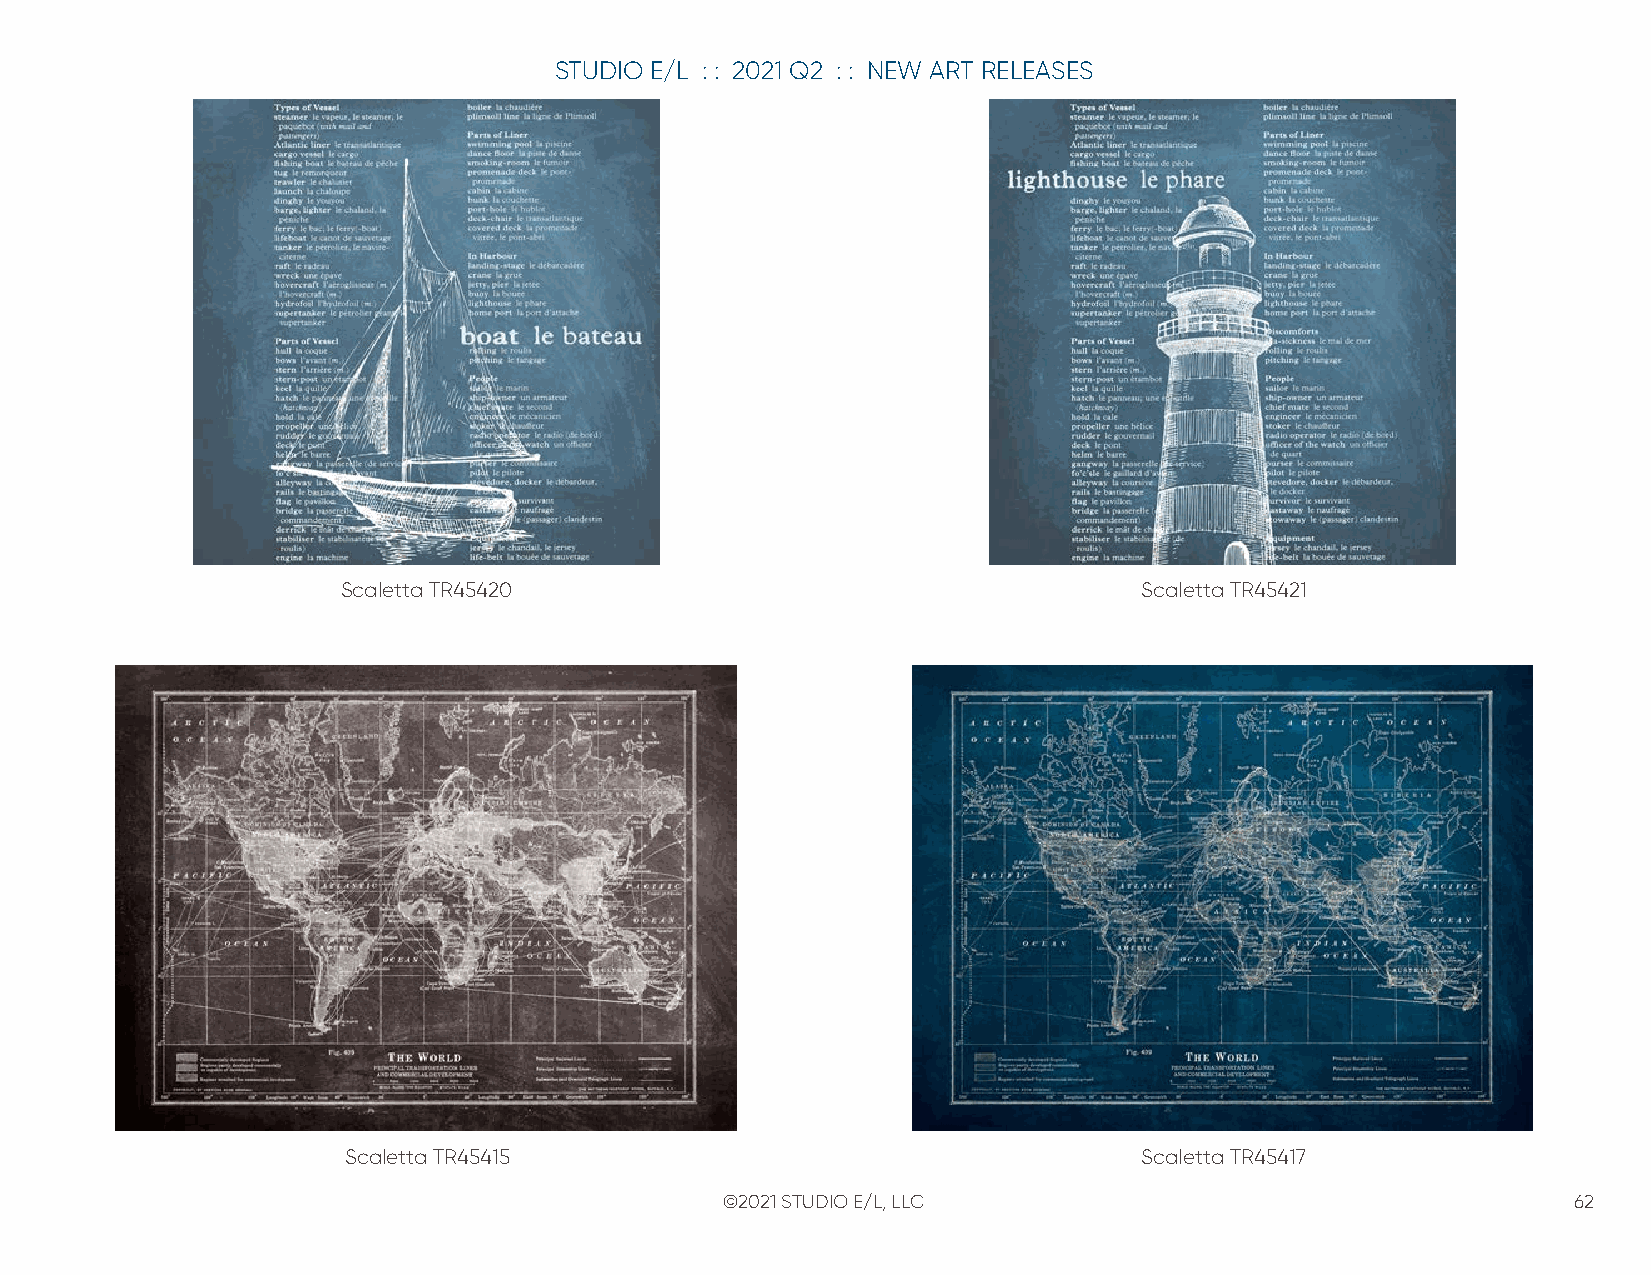
STUDIO E/L : : 2021 Q2 : : NEW ART RELEASES
 Scaletta TR45420                                     Scaletta TR45421
 Scaletta TR45415                                     Scaletta TR45417
 ©2021 STUDIO E/L, LLC                                   62